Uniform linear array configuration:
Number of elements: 4
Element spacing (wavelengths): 1
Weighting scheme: hann
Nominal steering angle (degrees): -30
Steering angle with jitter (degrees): -28.242
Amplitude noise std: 0.05
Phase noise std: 0.05

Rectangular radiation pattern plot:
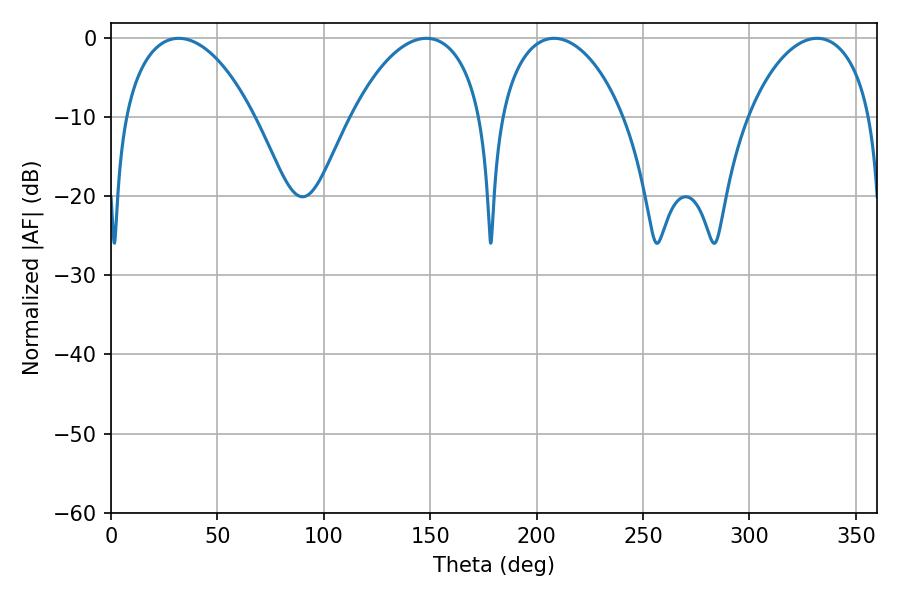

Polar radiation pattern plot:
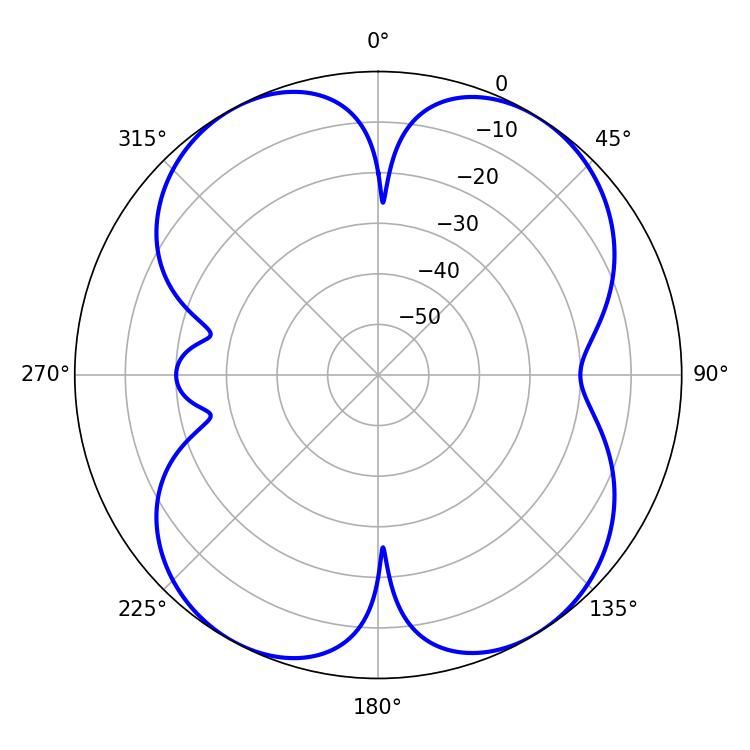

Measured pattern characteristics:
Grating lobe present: TRUE
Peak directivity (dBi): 12.45
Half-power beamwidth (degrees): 34.74
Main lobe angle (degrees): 148.14